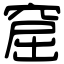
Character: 窟